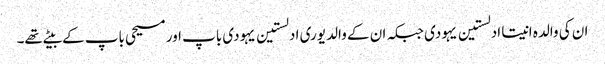
ان کی والدہ انیتا ادلستین یہودی جبکہ ان کے والد یوری ادلستین یہودی باپ اور مسیحی باپ کے بیٹے تھے۔